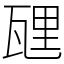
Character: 瓼